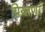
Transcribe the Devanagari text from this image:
प्रियाणां